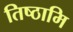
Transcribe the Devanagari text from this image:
तिष्‍ठामि